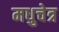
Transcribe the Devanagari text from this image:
मधुचेत्र